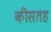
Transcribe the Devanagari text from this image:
कीसतह